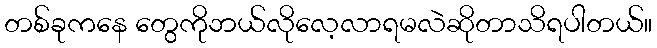
တစ်ခုကနေ တွေကိုဘယ်လိုလေ့လာရမလဲဆိုတာသိရပါတယ်။